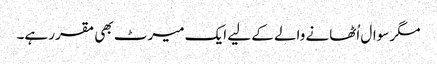
مگر سوال اُٹھانے والے کے لیے ایک میرٹ بھی مقرر ہے۔